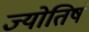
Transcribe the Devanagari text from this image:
ज्योतिषं